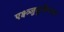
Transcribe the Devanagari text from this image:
एक्ष्त्र्जुदुकिअल